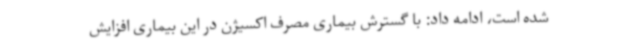
شده است، ادامه داد: با گسترش بیماری مصرف اکسیژن در این بیماری افزایش